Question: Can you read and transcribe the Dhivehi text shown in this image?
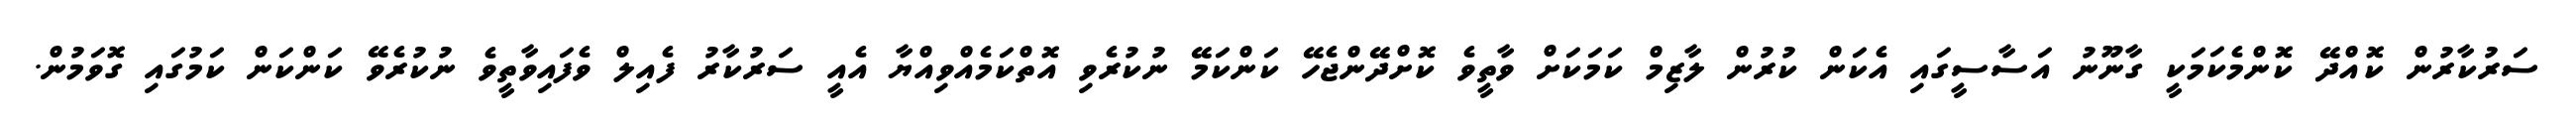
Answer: ސަރުކާރުން ކޮއްދޭ ކޮންމެކަމަކީ ގާނޫނު އަސާސީގައި އެކަން ކުރުން ލާޒިމް ކަމަކަށް ވާތީވެ ކޮށްދޭންޖެހޭ ކަންކަމޭ ނުކުރެވި އޮތްކަމެއްވިއްޔާ އެއީ ސަރުކާރު ފެއިލް ވެފައިވާތީވެ ނުކުރެވޭ ކަންކަން ކަމުގައި ގޮވަމުން.